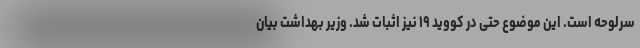
سرلوحه است. این موضوع حتی در کووید ۱۹ نیز اثبات شد. وزیر بهداشت بیان